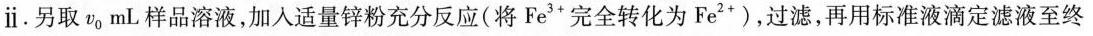
ⅱ。另取v0mL样品溶液，加入适量锌粉充分反应(将Fe3*完全转化为Fe2*)，过滤，再用标准液滴定滤液至终